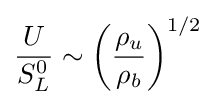
{\frac {U}{S_{L}^{0}}}\sim \left({\frac {\rho _{u}}{\rho _{b}}}\right)^{1/2}